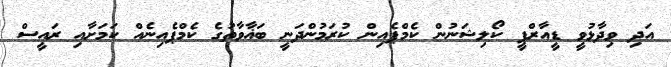
އަދި ވިދާޅުވީ ޑީއާރްޕީ ކޯލިޝަނުން ކެމްޕެއިން ކުރަމުންދަނީ ބަޣާވާތުގެ ކެމްޕެއިނެއް ކަމަށާއި ރައީސް